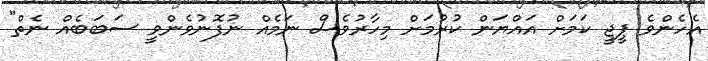
އެހެންވެ ޕީޖީ ކަމަށް އައްޔަން ކުރުމަށް މިހާރުވެސް ނަމެއް ނުފޮނުވެންވީ ސަބަބެއް ނެތް"